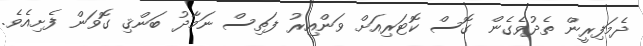
ދެމަފިރީން ތެދުވެގެން ގޮސް ކޮޓަރިއަށް ވަންއިރު ފަތިސް ނަމާދު ބަންޤި ގޮވަން ފެށިއެވެ.